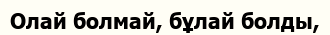
Олай болмай, бұлай болды,